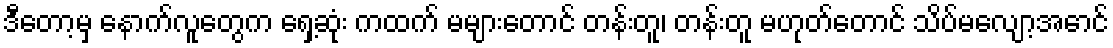
ဒီတော့မှ နောက်လူတွေက ရှေ့ဆုံး ကထက် မများတောင် တန်းတူ၊ တန်းတူ မဟုတ်တောင် သိပ်မလျော့အောင်